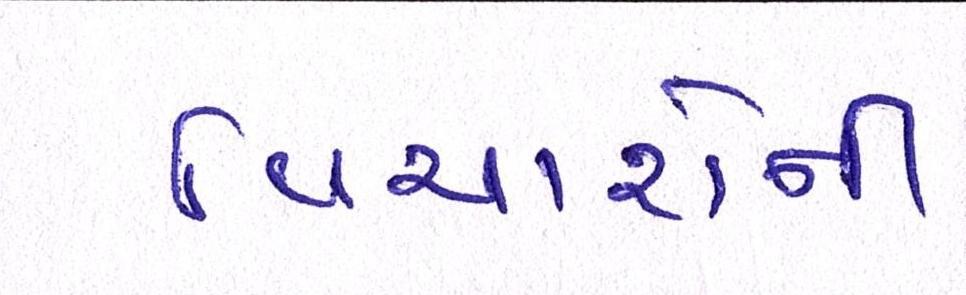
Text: વિચારોની